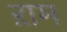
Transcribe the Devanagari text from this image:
ऱाम